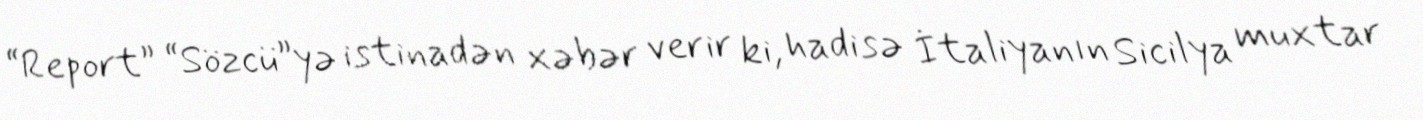
“Report” “Sözcü”yə istinadən xəbər verir ki, hadisə İtaliyanın Sicilya muxtar